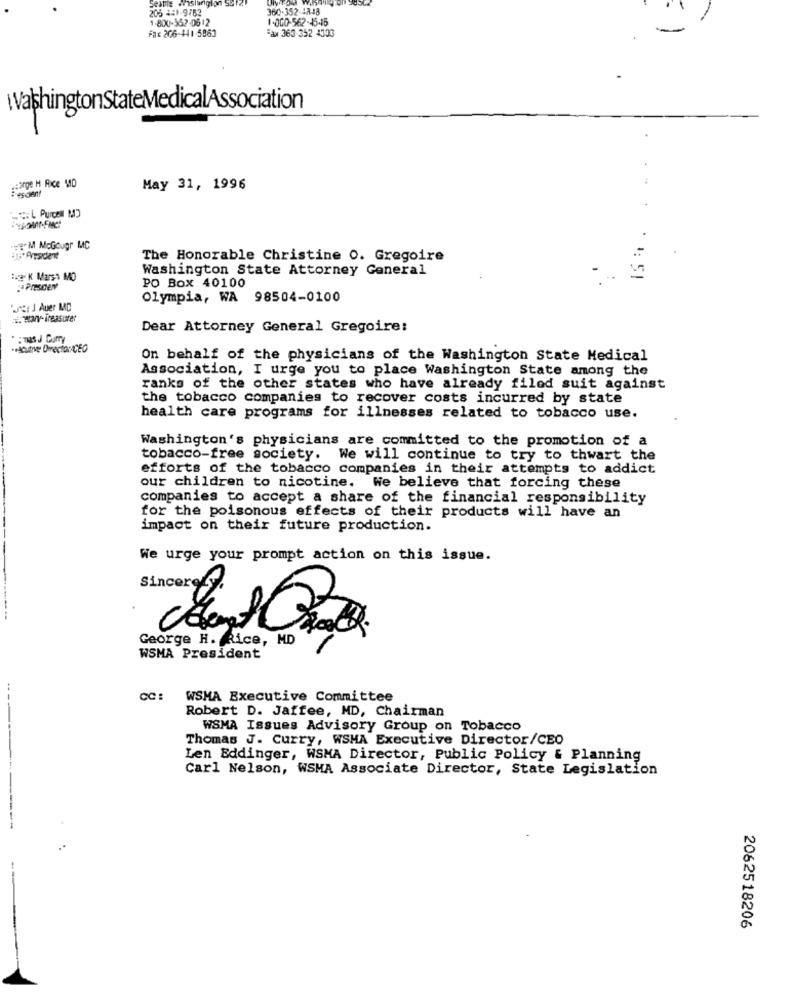
Sextile anshangion S&12
205 441-9763
360.352-4848
1-800-362-0612
1-000-562-4545
Fax 206-441-5963
Fax 363-352 4303
ValshingtonStateMedicalAssociation
george H Rice MD
May 31, 1996
THEM McGougr MC
1.Aresident
The Honorable Christine O. Gregoire
Washington State Attorney General
Huge K Marsy MO
Presaen
PO Box 40100
Olympia, WA 98504-0100
Puret J Auer MC
Dear Attorney General Gregoire:
. : THIS J Curry
.Hscutive Director/CEO
On behalf of the physicians of the Washington State Medical
Association, I urge you to place Washington State among the
ranks of the other states who have already filed suit against
the tobacco companies to recover costs incurred by state
health care programs for illnesses related to tobacco use.
Washington's physicians are committed to the promotion of a
tobacco-free society. We will continue to try to thwart the
efforts of the tobacco companies in their attempts to addict
our children to nicotine. We believe that forcing these
companies to accept a share of the financial responsibility
for the poisonous effects of their products will have an
impact on their future production.
We urge your prompt action on this issue.
Sincerely
George H. Rice, MD
WSMA President
CC: WSMA Executive Committee
Robert D. Jaffee, MD, Chairman
WSMA Issues Advisory Group on Tobacco
Thomas J. Curry, WSHA Executive Director/CEO
Len Eddinger, WSMA Director, Public Policy & Planning
Carl Nelson, WSMA Associate Director, State Legislation
2062518206